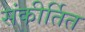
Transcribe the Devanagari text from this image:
संकीर्तित